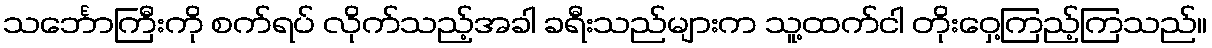
သင်္ဘောကြီးကို စက်ရပ် လိုက်သည့်အခါ ခရီးသည်များက သူ့ထက်ငါ တိုးဝှေ့ကြည့်ကြသည်။